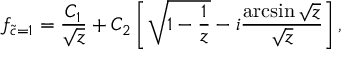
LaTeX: f _ { \widetilde c = 1 } = \frac { C _ { 1 } } { \sqrt { z } } + C _ { 2 } \left[ \sqrt { 1 - \frac { 1 } { z } } - i \frac { \arcsin { \sqrt { z } } } { \sqrt { z } } \right] ,